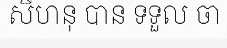
សីហនុ បាន ទទួល ចា